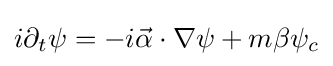
i\partial _{t}\psi =-i{\vec {\alpha }}\cdot \nabla \psi +m\beta \psi _{c}